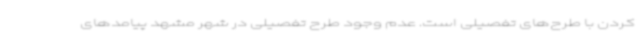
کردن با طرح‌های تفصیلی است. عدم وجود طرح تفصیلی در شهر مشهد پیامدهای